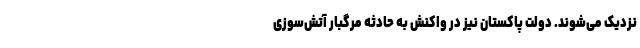
نزدیک می‌شوند. دولت پاکستان نیز در واکنش به حادثه مرگبار آتش‌سوزی